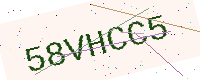
Text: 58VHCC5